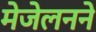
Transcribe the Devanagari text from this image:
मेजेलनने